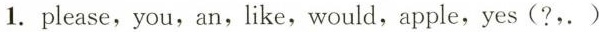
1. please,you,an,like,would,apple, yes (?,. )